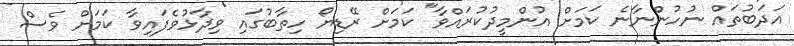
އަދަބުތައް ނުހުންނާނެ ކަމަށް އުންމީދުކުރައްވާ" ކަމަށް ރޭޑިޔޯ ހިތާބުގައި ވިދާޅުވެފައިވާ ކަމަށް ވެސް